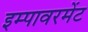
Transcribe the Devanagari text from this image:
इम्पावरमेंट